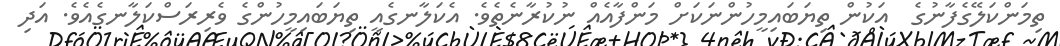
ތިމަންކަލޭގެފާނުގެ  އަކުން ތިޔަބައިމީހުންނަކަށް މަންފާއެއް ނުކުރާނެތެވެ. އެކަލާނގެއީ ތިޔަބައިމީހުންގެ ވެރިރަސްކަލާނގެއެވެ. އަދި